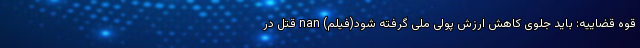
قوه قضاییه: باید جلوی کاهش ارزش پولی ملی گرفته شود(فیلم) nan قتل در